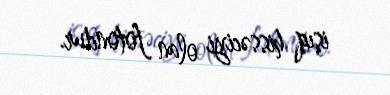
işıq hissəciyi olan fotondur.